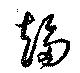
趍